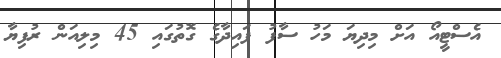
އެސްޓީއޯ އަށް މިދިޔަ މަހު ސާފު ފައިދާގެ ގޮތުގައި 45 މިލިއަން ރުފިޔާ